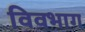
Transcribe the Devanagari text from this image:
विवभाग